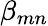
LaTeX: \beta_{mn}